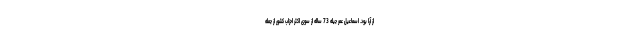
از آرا بود. اسماعیل عمر جیله 73 ساله از سوی اکثر احزاب کشور از جمله